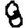
Digit: 8